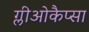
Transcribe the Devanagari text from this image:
ग्लीओकैप्सा